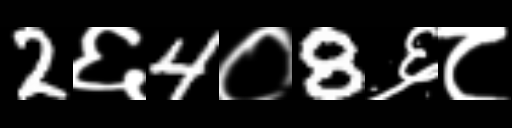
Text: 2६4०8६८